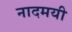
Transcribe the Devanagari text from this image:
नादमयी